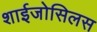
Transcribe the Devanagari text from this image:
शाईजोसिलस